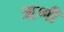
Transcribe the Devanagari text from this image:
ॠणी